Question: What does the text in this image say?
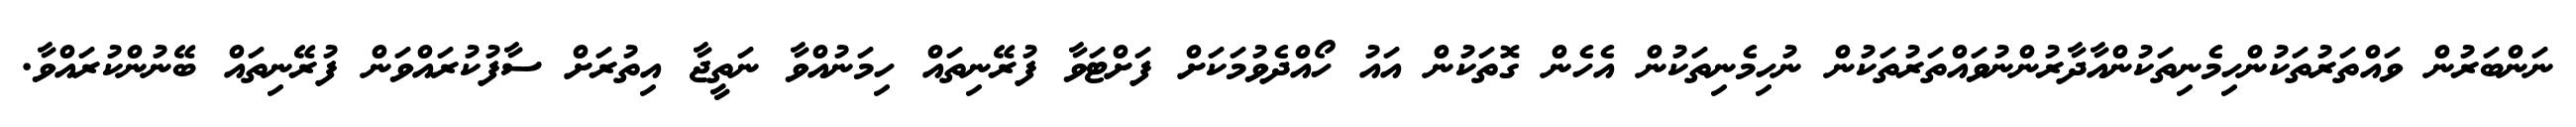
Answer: ނަންބަރުން ވައްތަރުތަކުންހިމެނިތަކުންއާދާރުންނުވައްތަރުތަކުން ނުހިމެނިތަކުން އެހެން ގޮތަކުން އައު ހޯއްދެވުމަކަށް ފަށްޓަވާ ފުރޭނިތައް ހިމަނުއްވާ ނަތީޖާ އިތުރަށް ސާފުކުރައްވަން ފުރޭނިތައް ބޭނުންކުރައްވާ.